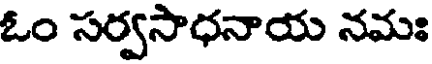
ఓం సర్వసాధనాయ నమః